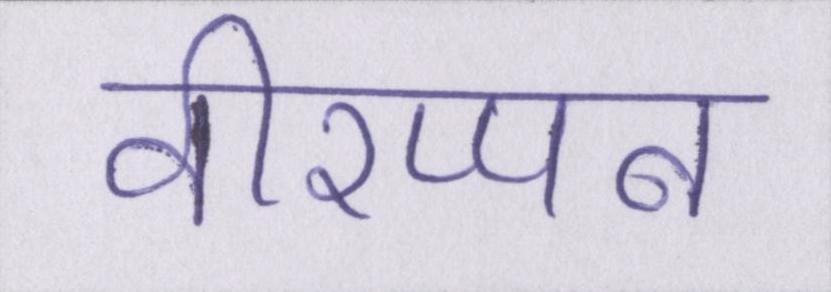
वीरप्पन